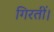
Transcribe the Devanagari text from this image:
गिरतीं।